Malaria in the Punjab - Number 46
Disease focus: Malaria
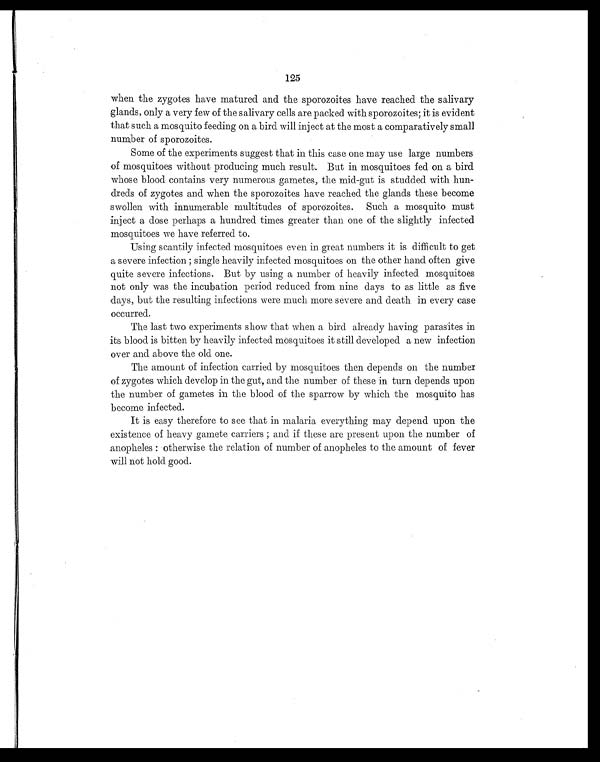
125
when the zygotes have matured and the sporozoites have reached the salivary
glands, only a very few of the salivary cells are packed with sporozoites; it is evident
that such a mosquito feeding on a bird will inject at the most a comparatively small
number of sporozoites.
Some of the experiments suggest that in this case one may use large numbers
of mosquitoes without producing much result. But in mosquitoes fed on a bird
whose blood contains very numerous gametes, the mid-gut is studded with hun-
dreds of zygotes and when the sporozoites have reached the glands these become
swollen with innumerable multitudes of sporozoites. Such a mosquito must
inject a dose perhaps a hundred times greater than one of the slightly infected
mosquitoes we have referred to.
Using scantily infected mosquitoes even in great numbers it is difficult to get
a severe infection ; single heavily infected mosquitoes on the other hand often give
quite severe infections. But by using a number of heavily infected mosquitoes
not only was the incubation period reduced from nine days to as little as five
days, but the resulting infections were much more severe and death in every case
occurred.
The last two experiments show that when a bird already having parasites in
its blood is bitten by heavily infected mosquitoes it still developed a new infection
over and above the old one.
The amount of infection carried by mosquitoes then depends on the number
of zygotes which develop in the gut, and the number of these in turn depends upon
the number of gametes in the blood of the sparrow by which the mosquito has
become infected.
It is easy therefore to see that in malaria everything may depend upon the
existence of heavy gamete carriers ; and if these are present upon the number of
anopheles : otherwise the relation of number of anopheles to the amount of fever
will not hold good.